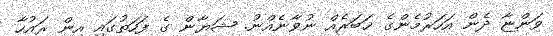
ވަންޏާ ދެން އަހަރުމެންގެ ޚަބަރެއް ނުވާނެއްނު. ޝަޔާން ގެ ފަހަތުގައި އިން ރައުހާ